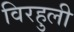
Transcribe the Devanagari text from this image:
विरहुली